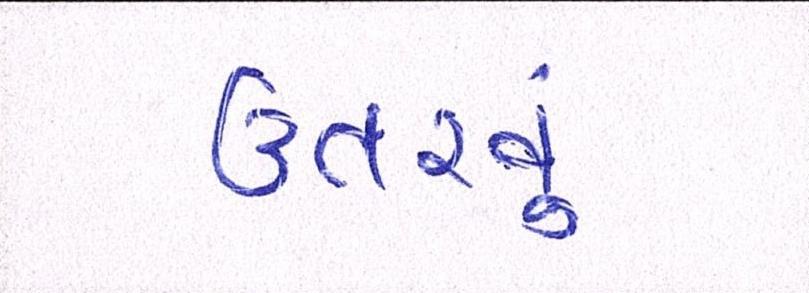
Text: ઉતરવું